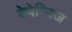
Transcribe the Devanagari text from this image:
देपेग्निज